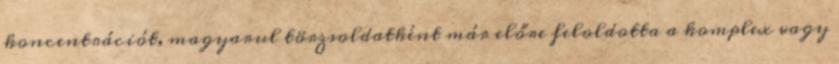
koncentrációt, magyarul törzsoldatként már előre feloldotta a komplex vagy